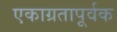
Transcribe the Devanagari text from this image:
एकाग्रतापूर्वक